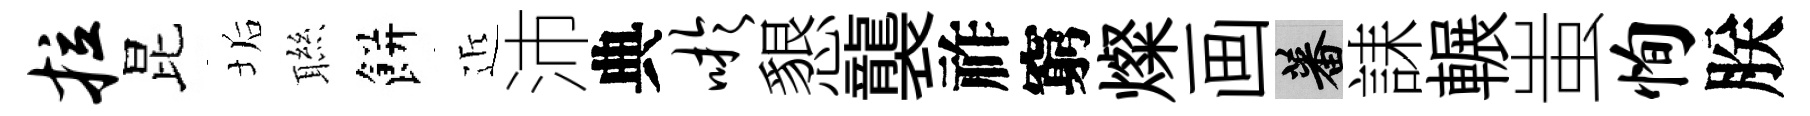
拉昆垢聮餅近沛典吁懇襲祚窮燦画蕃誄輾蚩恂朕